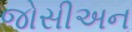
જોસીઅન